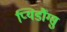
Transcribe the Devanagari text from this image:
प्यिडौंग्सु